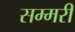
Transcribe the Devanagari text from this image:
सम्मरी